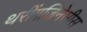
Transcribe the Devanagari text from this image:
थरींगजिनेसीस